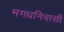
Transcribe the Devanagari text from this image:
मगधनिवासी